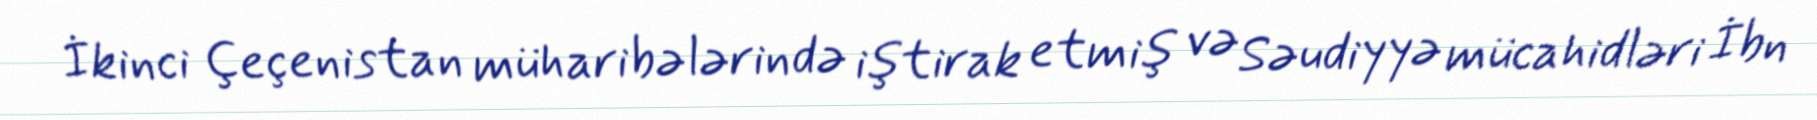
İkinci Çeçenistan müharibələrində iştirak etmiş və Səudiyyə mücahidləri İbn